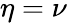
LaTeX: \eta=\nu